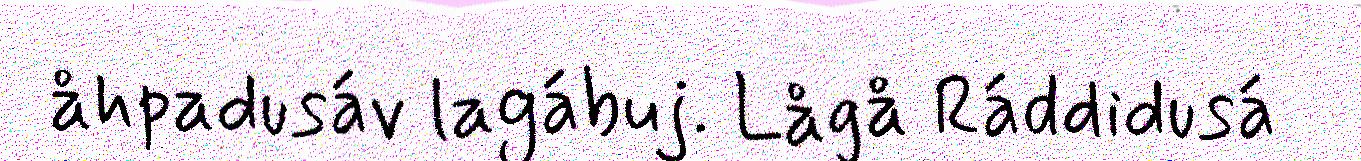
åhpadusáv lagábuj. Lågå Ráddidusá